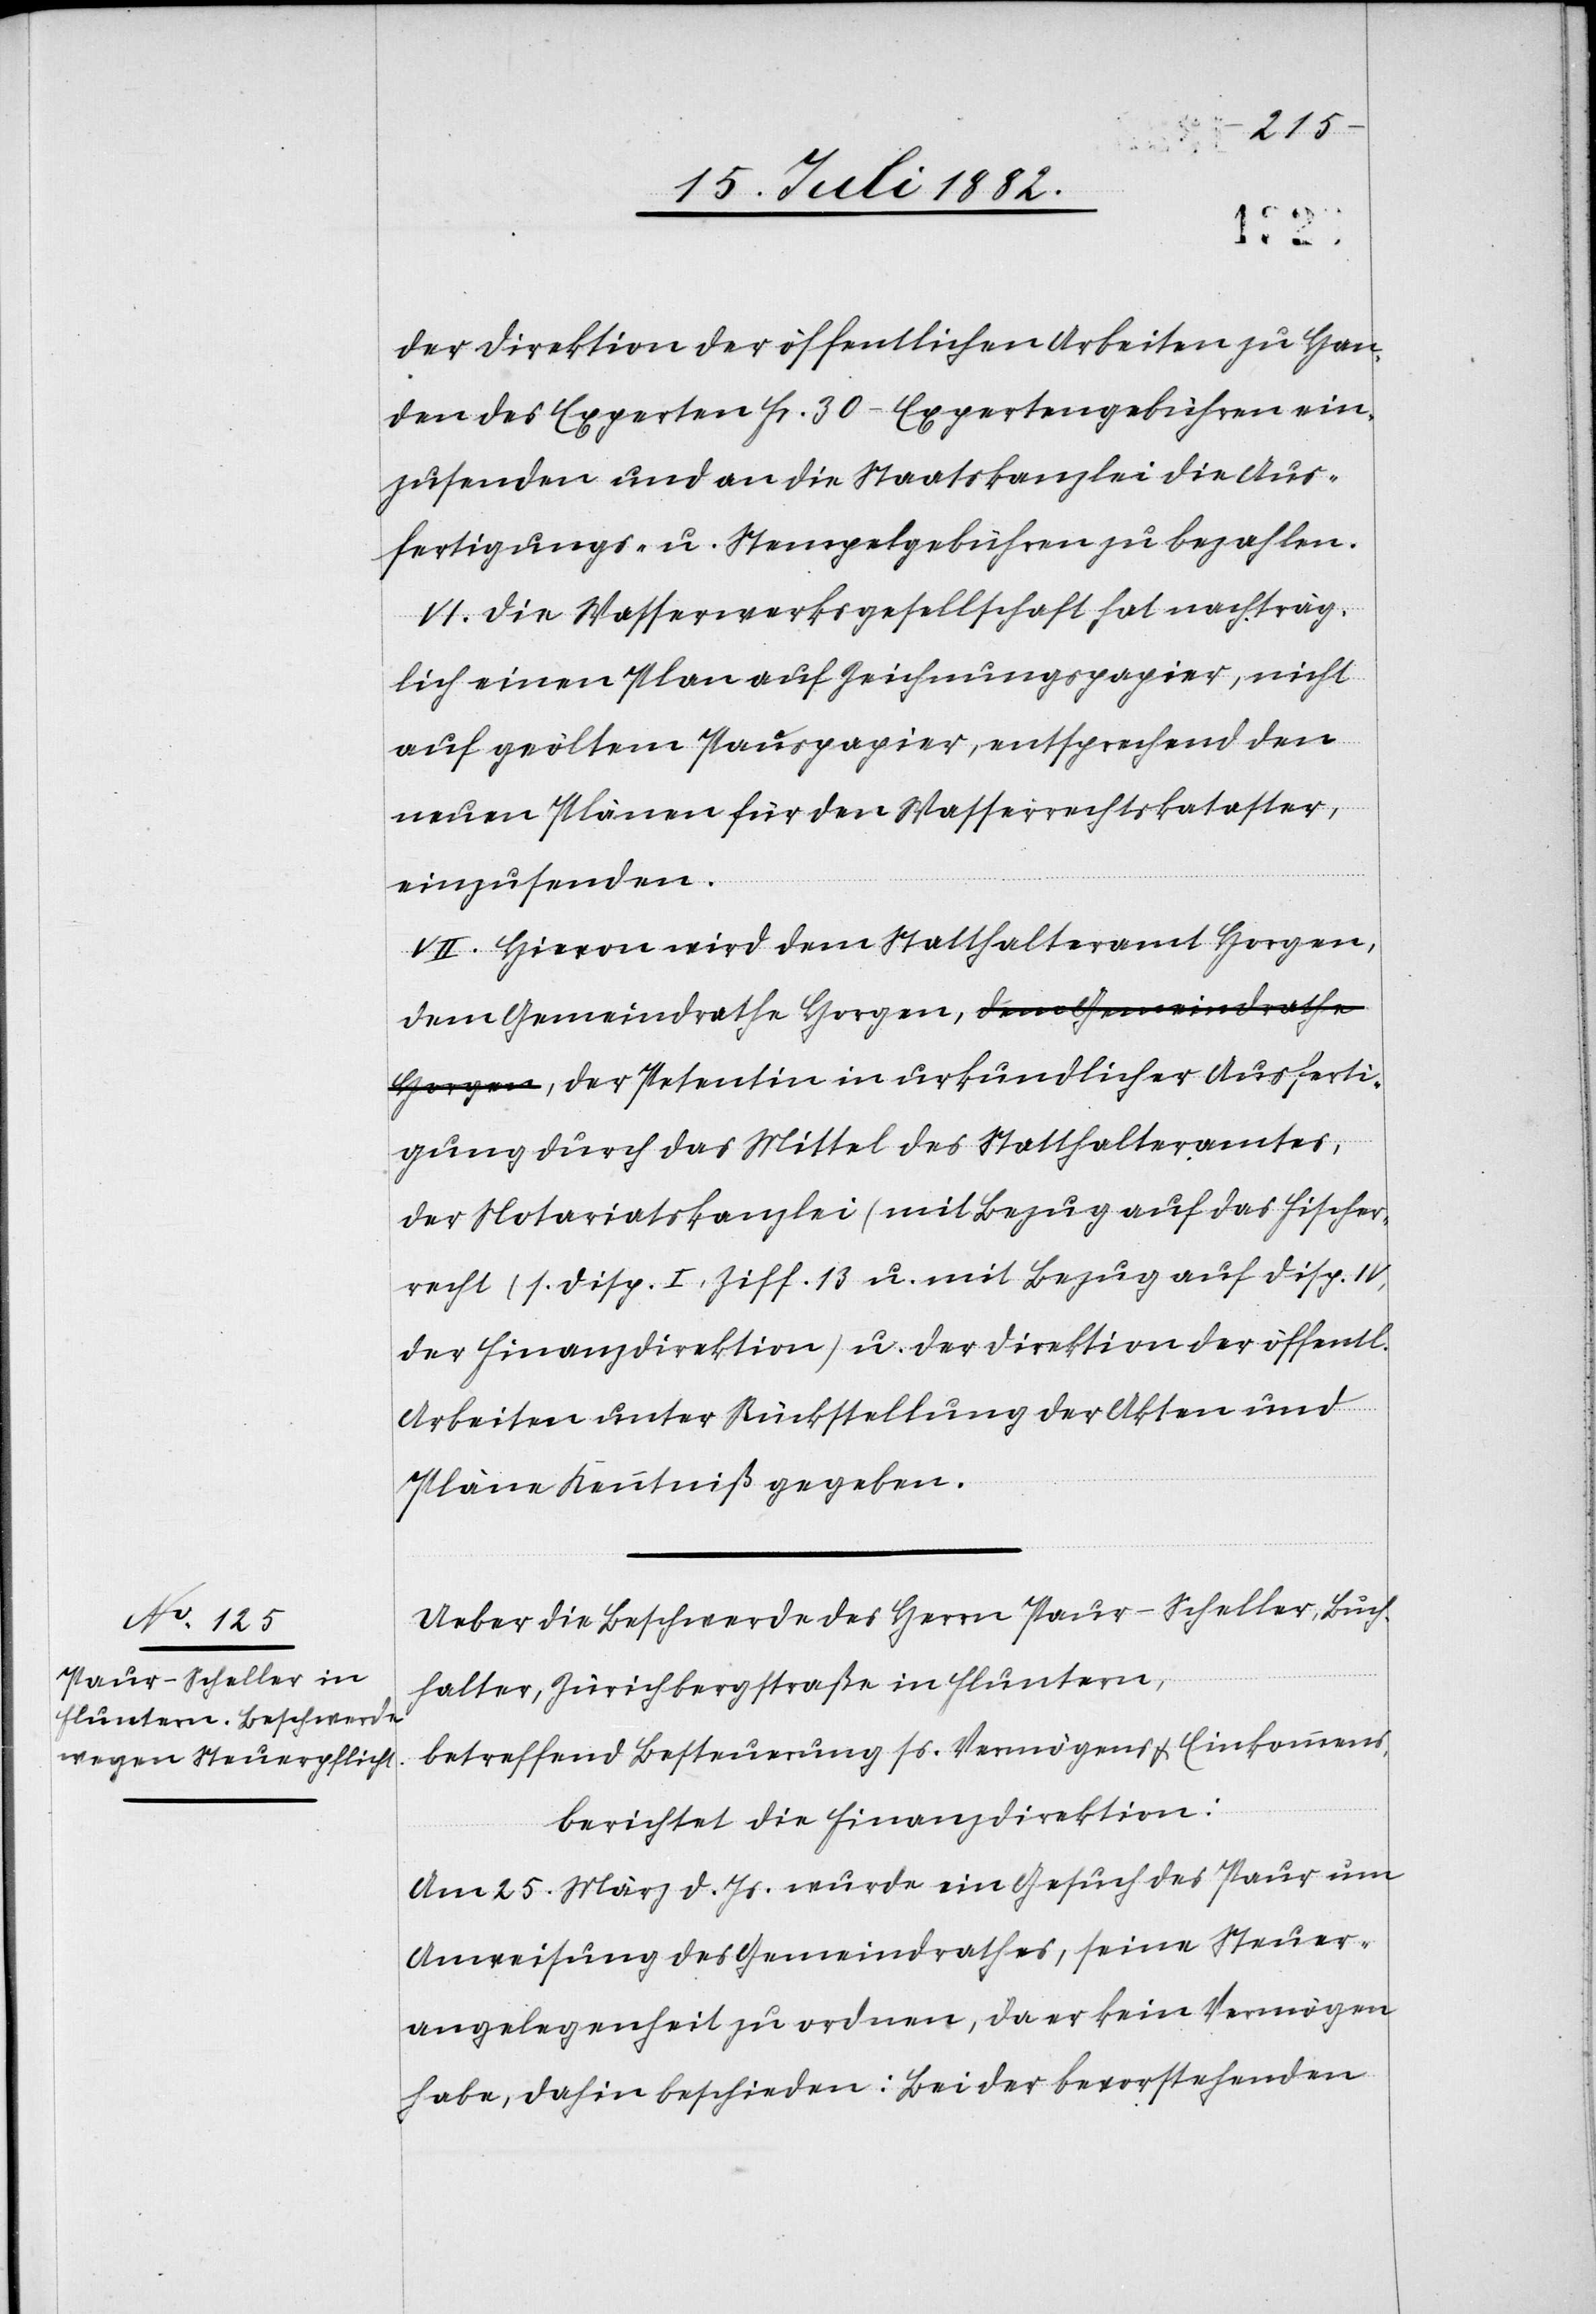
der Direktion der öffentlichen Arbeiten zu Han¬
den des Experten Fr. 30 Expertengebühren ein¬
zusenden und an die Staatskanzlei die Aus¬
fertigungs- u. Stempelgebühren zu bezahlen.
VI. Die Wasserwerksgesellschaft hat nachträg¬
lich einen Plan auf Zeichnungspapier, nicht
auf geöltem Pauspapier, entsprechend den
neuen Plänen für den Wasserrechtskataster
einzusenden.
VII. Hievon wird dem Statthalteramt Horgen,
Horgen, der Petentin in urkundlicher Ausferti¬
gung durch das Mittel des Statthalteramtes,
der Notariatskanzlei (mit Bezug auf das Fischer¬
recht (s. Disp. I, Ziff. 13) u. mit Bezug auf Disp. IV,
der Finanzdirektion) u. der Direktion der offentl.
Arbeiten unter Rückstellung der Akten und
Pläne Kenntniß gegeben.
Ueber die Beschwerde des Herrn Paur-Scheller, Buch¬
halter, Zürichbergstraße in Fluntern,
betreffend Besteuerung ss. Vermögens & Einkommens,
berichtet die Finanzdirektion:
Am 25. März d. Js. wurde ein Gesuch des Paur um
Anweisung des Gemeindrathes, seine Steuer¬
angelegenheit zu ordnen, da er kein Vermögen
habe, dahin beschieden: Bei der bevorstehenden